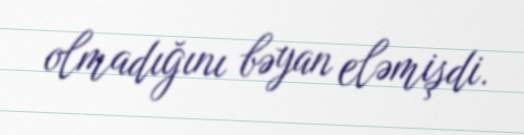
olmadığını bəyan eləmişdi.